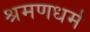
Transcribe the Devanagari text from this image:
श्रमणधर्म